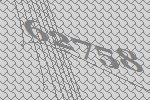
62758